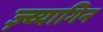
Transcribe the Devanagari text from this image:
ज़्व्यागिन